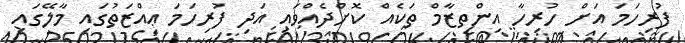
ފުރިހަމަ އަށް ހުރިހާ އިންތިޒާމް ތަކެއް ކޮށްދެއްވައި އަދި ފުރިހަމަ ޢިއްޒަތުގައި މާލޭގައި